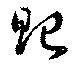
貽